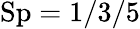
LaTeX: \mathrm{Sp}=1/3/5